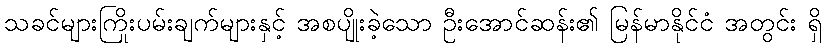
သခင်များကြိုးပမ်းချက်များနှင့် အစပျိုးခဲ့သော ဦးအောင်ဆန်း၏ မြန်မာနိုင်ငံ အတွင်း ရှိ